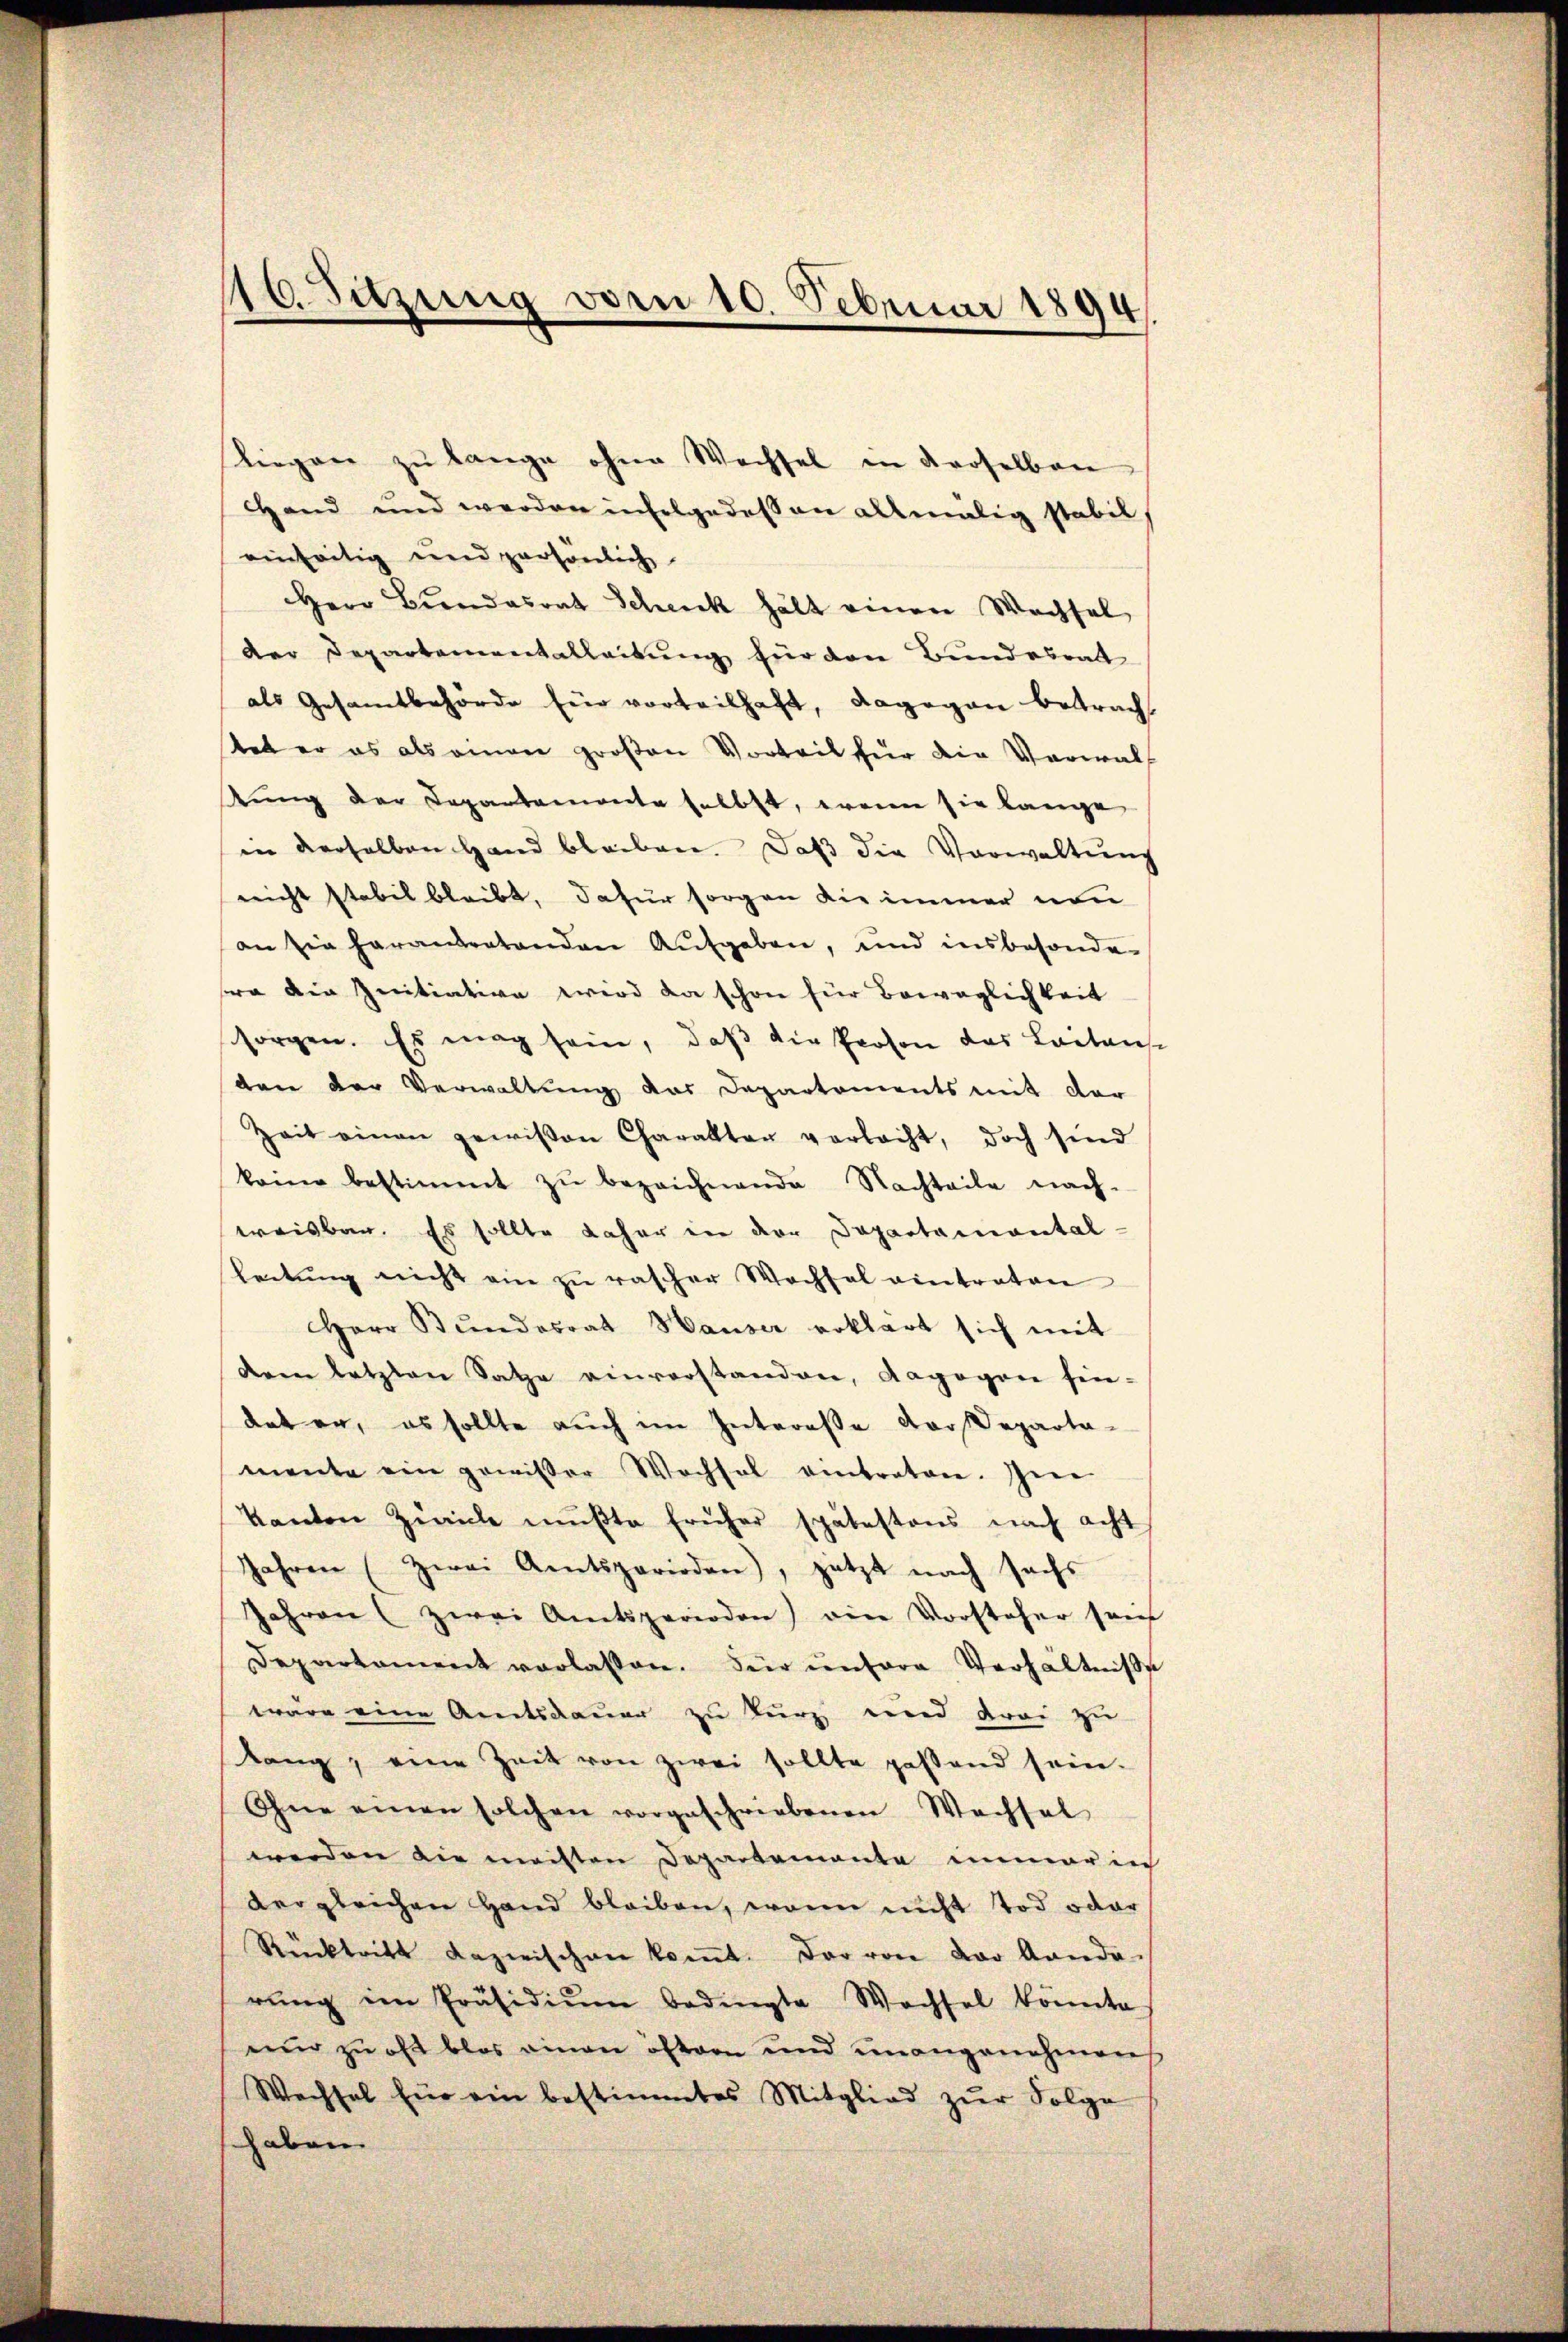
liegen zu lange ohne Wechsel in derselben
Hand und werden infolgedessen allmälig stabil
einseitig und persönlich
Herr Bundesrat Schenk hält einen Wachsel
der Departementalleitung für den Bundesrat
als Gesamtbehörde für vorteilhaft, dagegen betracht
tat er es als einen großen Vorteil für die Verwaltŭng der Departamente selbst, wenn sie lange
in derselben Hand bleiben. Daß die Verwaltung
nicht stabil bleibt, dafür sorgen die immer von
an sie herantratenden Aufgaben, und insbesonde
ra die Initiative wird da schon für Beweglichkeit
sorgen. Es mag sein, daß die Proson des Leitens-
ten der Verwaltung das Departements mit der
Zeit einen gewißen Charakter verlacht, doch sind
keine bestimmt zŭ bezeichnende Nachteile nach-
weisbar. Es sollte daher in der Departamental-
leitŭng nicht ein zu rascher Wochsel eintraten
Herr Stŭndesrat Hauser erklärt sich mit
dem letzten Satze einverstanden, dagegen hin-
dat er, es sollte auch im Intereße vor Departa-
mente ein gewisser Wochsel eintreten. Im
kanton Zwicke mŭβte früher spätestens nach acht
Jahren (zwei Amtsperioden), jetzt nach sechs
Jahren (zwei Amtsperioden) ein Vorsteher seit
Departement verlassen. Für ŭntere Verhältniss
wäre eine Amtsdauer zu kurz und drei zu
ang, eine Zeit von zwei sollte passend sein.
Ohne einen solchen vorgeschriebenen Wechsel
werden die meisten Departemente immer in
vergleichen Hand bleiben, wenn nicht Tod oder
Rücktritt dazwischen koṁt. Der von der Landa
rŭng im Präsidiŭm bedingte Wechsel könnte
nur zu oft blos einen oftern und unangenehmen
Wechsel für ein bestimmtes Mitglied zŭr Folge
haben.

16. Sitzung vom 10. Februar 1894.